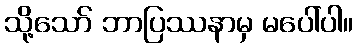
သို့သော် ဘာပြဿနာမှ မပေါ်ပါ။